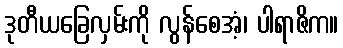
ဒုတီယခြေလှမ်းကို လွန်စေအံ့၊ ပါရာဇိက။